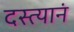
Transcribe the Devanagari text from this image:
दस्त्यानं